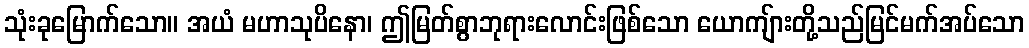
သုံးခုမြောက်သော။ အယံ မဟာသုပိနော၊ ဤမြတ်စွာဘုရားလောင်းဖြစ်သော ယောကျ်ားတို့သည်မြင်မက်အပ်သော